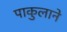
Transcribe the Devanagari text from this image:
पाकुलाने